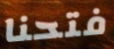
فتحنا